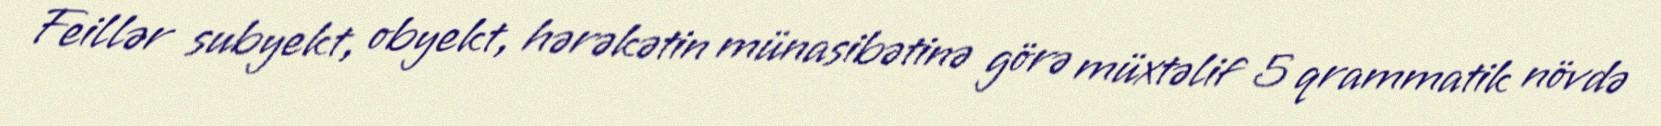
Feillər subyekt, obyekt, hərəkətin münasibətinə görə müxtəlif 5 qrammatik növdə